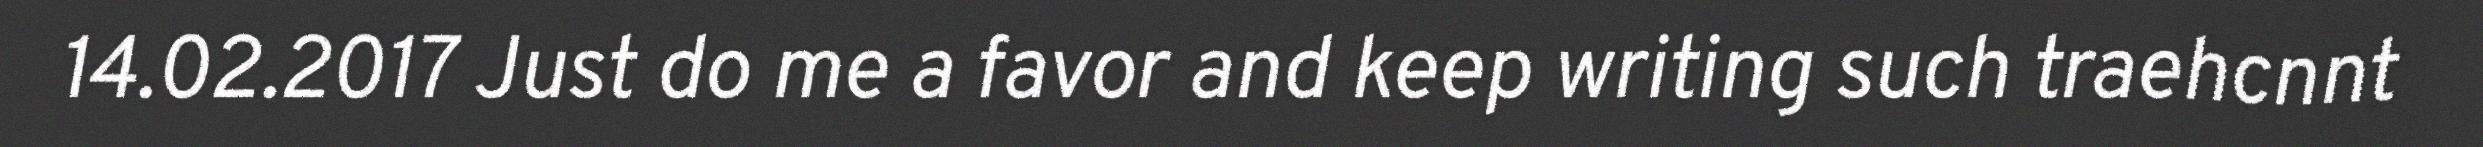
14.02.2017 Just do me a favor and keep writing such traehcnnt